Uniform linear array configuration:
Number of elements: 12
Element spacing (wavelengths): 0.5
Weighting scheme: binomial
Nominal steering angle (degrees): -45
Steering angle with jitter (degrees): -44.051
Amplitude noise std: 0.05
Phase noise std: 0.05

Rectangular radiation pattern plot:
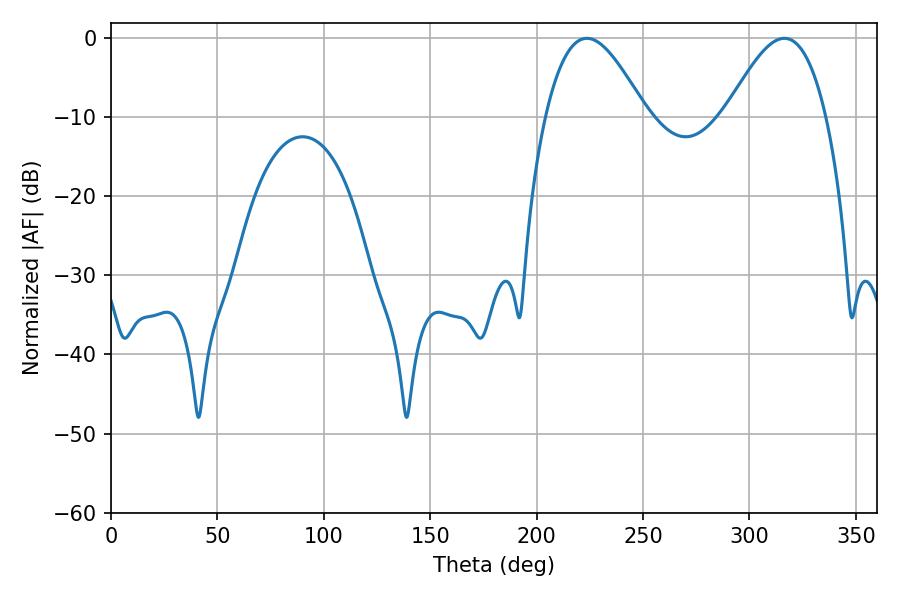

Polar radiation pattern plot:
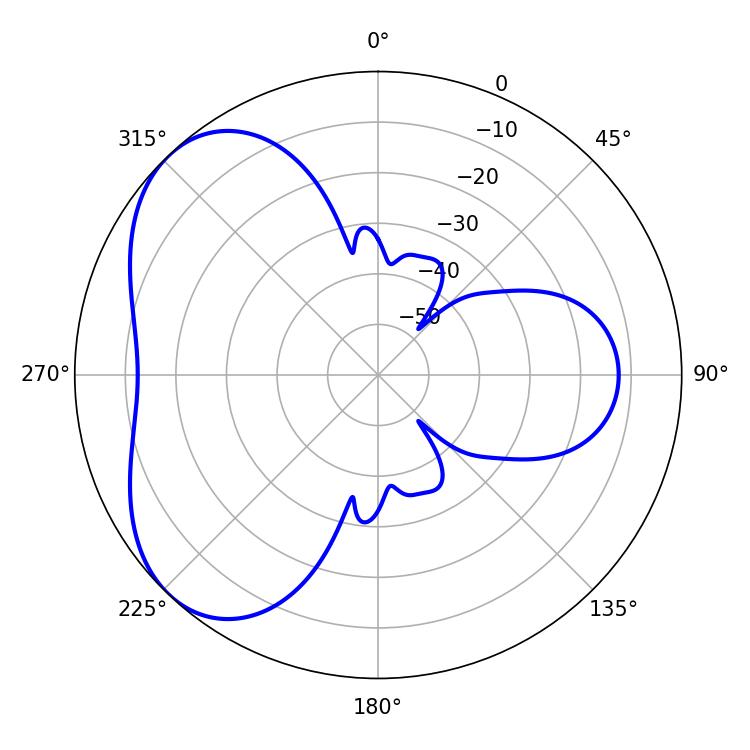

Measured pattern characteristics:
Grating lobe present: FALSE
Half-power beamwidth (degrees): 25.56
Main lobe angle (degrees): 223.56